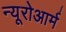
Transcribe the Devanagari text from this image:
न्यूरोआर्म